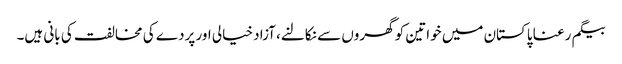
بیگم رعنا پاکستان میں خواتین کو گھروں سے نکالنے، آزاد خیالی اور پردے کی مخالفت کی بانی ہیں۔